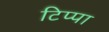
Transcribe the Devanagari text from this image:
टिप्पा